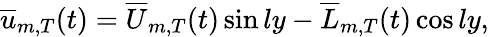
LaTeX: \begin{array}{r}{\overline{{u}}_{m,T}(t)={\overline{{U}}_{m,T}}(t)\sin{ly}-{\overline{{L}}_{m,T}}(t)\cos{ly},}\end{array}